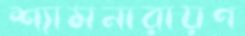
শ্যামনারায়ণ